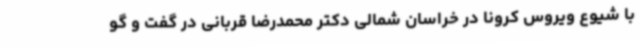
با شیوع ویروس کرونا در خراسان شمالی دکتر محمدرضا قربانی در گفت و گو